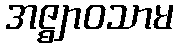
အဇ္ဈာဝသာမ